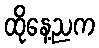
ထိုနေ့ညက